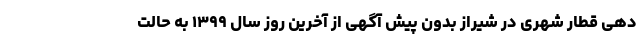
دهی قطار شهری در شیراز بدون پیش آگهی از آخرین روز سال ۱۳۹۹ به حالت